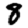
Digit: 8